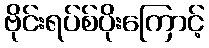
ဗိုင်းရပ်စ်ပိုးကြောင့်